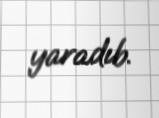
yaradıb.